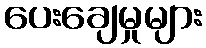
ပေးချေမှုများ